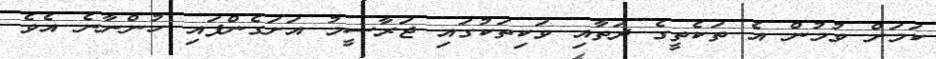
ކަމަށް ވުމުން އެ ތަކެތީގެ ދަތާއި ވަކިތަކުގައި ޖަރާސީމު އަށަގެންފައި ހުންނާނެ އެވެ.